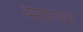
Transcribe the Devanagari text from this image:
वैमानिकच